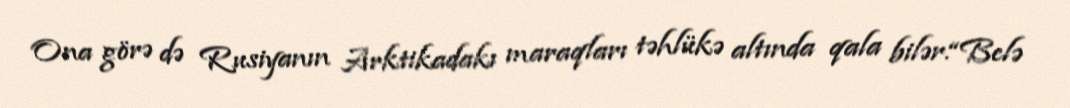
Ona görə də Rusiyanın Arktikadakı maraqları təhlükə altında qala bilər.“Belə